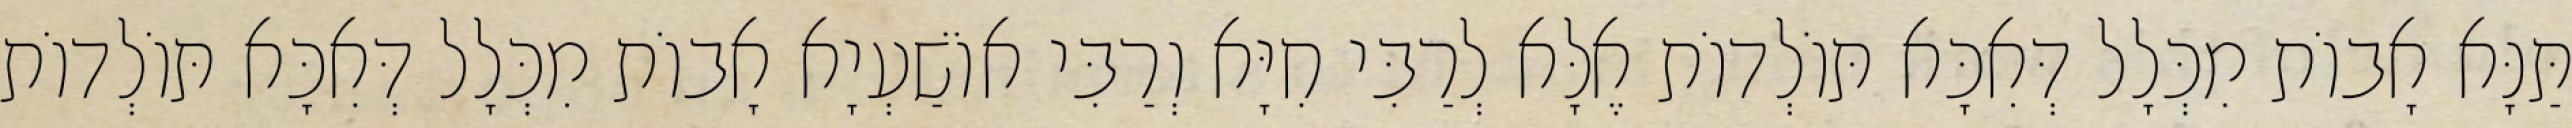
תַּנָּא אָבוֹת מִכְּלָל דְּאִכָּא תּוֹלְדוֹת אֶלָּא לְרַבִּי חִיָּא וְרַבִּי אוֹשַׁעְיָא אָבוֹת מִכְּלָל דְּאִכָּא תּוֹלְדוֹת